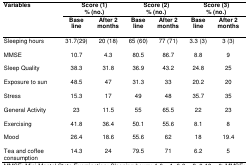
<table><thead><tr><td rowspan="3"><b>Variables</b></td><td colspan="2"><b>Score (1) % (no.)</b></td><td colspan="2"><b>Score (2) % (no.)</b></td><td colspan="2"><b>Score (3) % (no.)</b></td></tr><tr><td><b>Base line</b></td><td><b>After 2 months</b></td><td><b>Base line</b></td><td><b>After 2 months</b></td><td><b>Base line</b></td><td><b>After 2 months</b></td></tr></thead><tbody><tr><td>Sleeping hours</td><td>31.7(29)</td><td>20 (18)</td><td>65 (60)</td><td>77 (71)</td><td>3.3 (3)</td><td>3 (3)</td></tr><tr><td>MMSE</td><td>10.7</td><td>4.3</td><td>80.5</td><td>86.7</td><td>8.8</td><td>9</td></tr><tr><td>Sleep Quality</td><td>38.3</td><td>31.8</td><td>36.9</td><td>43.2</td><td>24.8</td><td>25</td></tr><tr><td>Exposure to sun</td><td>48.5</td><td>47</td><td>31.3</td><td>33</td><td>20.2</td><td>20</td></tr><tr><td>Stress</td><td>15.3</td><td>17</td><td>49</td><td>48</td><td>35.7</td><td>35</td></tr><tr><td>General Activity</td><td>23</td><td>11.5</td><td>55</td><td>65.5</td><td>22</td><td>23</td></tr><tr><td>Exercising</td><td>41.8</td><td>36.4</td><td>50.1</td><td>55.6</td><td>8.1</td><td>8</td></tr><tr><td>Mood</td><td>26.4</td><td>18.6</td><td>55.6</td><td>62</td><td>18</td><td>19.4</td></tr><tr><td>Tea and coffee consumption</td><td>14.3</td><td>24</td><td>79.5</td><td>71</td><td>6.2</td><td>5</td></tr></tbody></table>